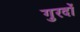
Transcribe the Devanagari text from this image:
गुरदों